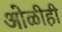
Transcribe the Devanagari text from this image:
ओळीही